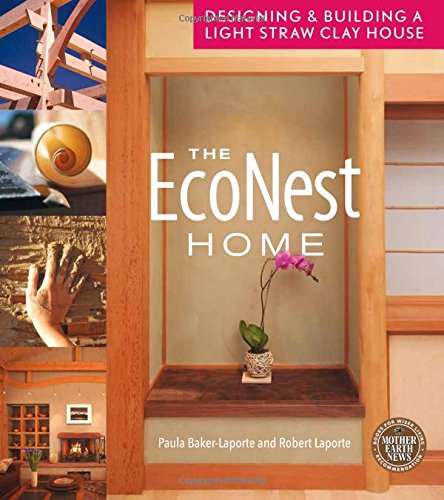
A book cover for The EcoNest Home: Designing and Building a Light Straw Clay House; Paula Baker-Laporte; Arts & Photography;